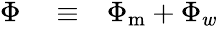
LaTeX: \begin{array}{rlr}{\Phi}&{{}\equiv}&{\Phi_{\mathrm{m}}+\Phi_{w}}\end{array}